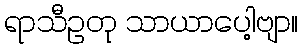
ရာသီဥတု သာယာပေါ့ဗျာ။